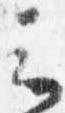
云